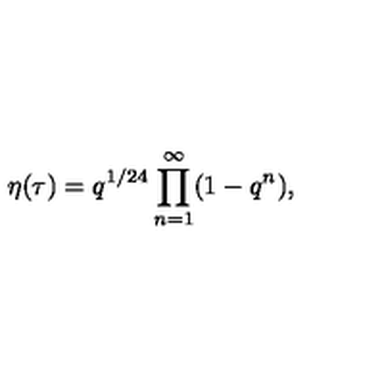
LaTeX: \eta ( \tau ) = q ^ { 1 / 2 4 } \prod _ { n = 1 } ^ { \infty } ( 1 - q ^ { n } ) ,